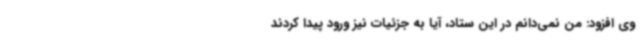
وی افزود: من نمی‌دانم در این ستاد، آیا به جزئیات نیز ورود پیدا کردند